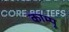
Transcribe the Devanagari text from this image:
काम्पू